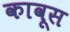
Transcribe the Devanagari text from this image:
कावूस